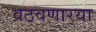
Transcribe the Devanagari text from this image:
वठवणार्‍या